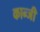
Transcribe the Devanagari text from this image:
कान्जी